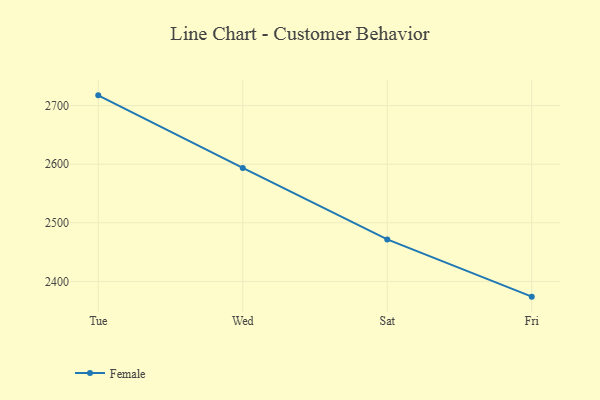
{"axis": {"x": "Day", "y": "Bounce Rate (%)"}, "legend": ["Female"], "data": [{"x": "Tue", "y": 2717.4, "type": "Female"}, {"x": "Wed", "y": 2593.6, "type": "Female"}, {"x": "Sat", "y": 2471.7, "type": "Female"}, {"x": "Fri", "y": 2374.0, "type": "Female"}]}